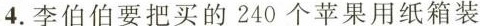
4.李伯伯要把买的240个苹果用纸箱装